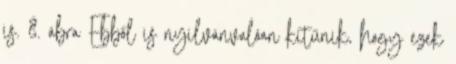
is. 8. ábra Ebből is nyilvánvalóan kitűnik, hogy ezek